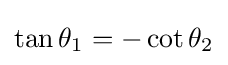
\tan \theta _{1}=-\cot \theta _{2}